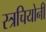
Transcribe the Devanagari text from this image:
स्त्रचियोनी